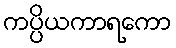
ကပ္ပိယကာရကော